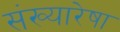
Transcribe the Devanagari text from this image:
संख्यारेषा